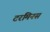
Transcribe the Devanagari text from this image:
टरमिनस